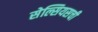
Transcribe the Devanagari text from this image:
सेल्सियसची